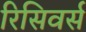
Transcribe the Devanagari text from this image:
रिसिवर्स